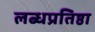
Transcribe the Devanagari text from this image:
लब्धप्रतिष्ठा